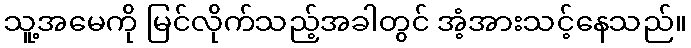
သူ့အမေကို မြင်လိုက်သည့်အခါတွင် အံ့အားသင့်နေသည်။